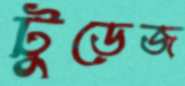
টুডেজ